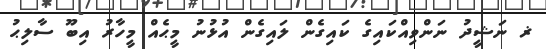
ޜ ނަޝީދު ނަންވިއްކައިގެ ކައިގެން ލައިގެން އުޅުނު މީޙެއް މީހާރު އިބޫ ސާލިޙު